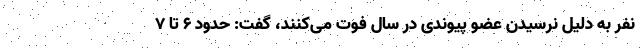
نفر به دلیل نرسیدن عضو پیوندی در سال فوت می‌کنند، گفت: حدود ۶ تا ۷